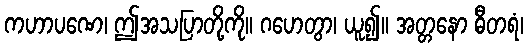
ကဟာပဏေ၊ ဤအသပြာတို့ကို။ ဂဟေတွာ၊ ယူ၍။ အတ္တနော ဓီတရံ၊